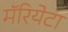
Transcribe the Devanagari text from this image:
मॅरियेटा